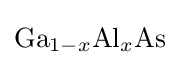
{\mathrm {Ga} }_{1-x}{\mathrm {Al} }_{x}\mathrm {As}